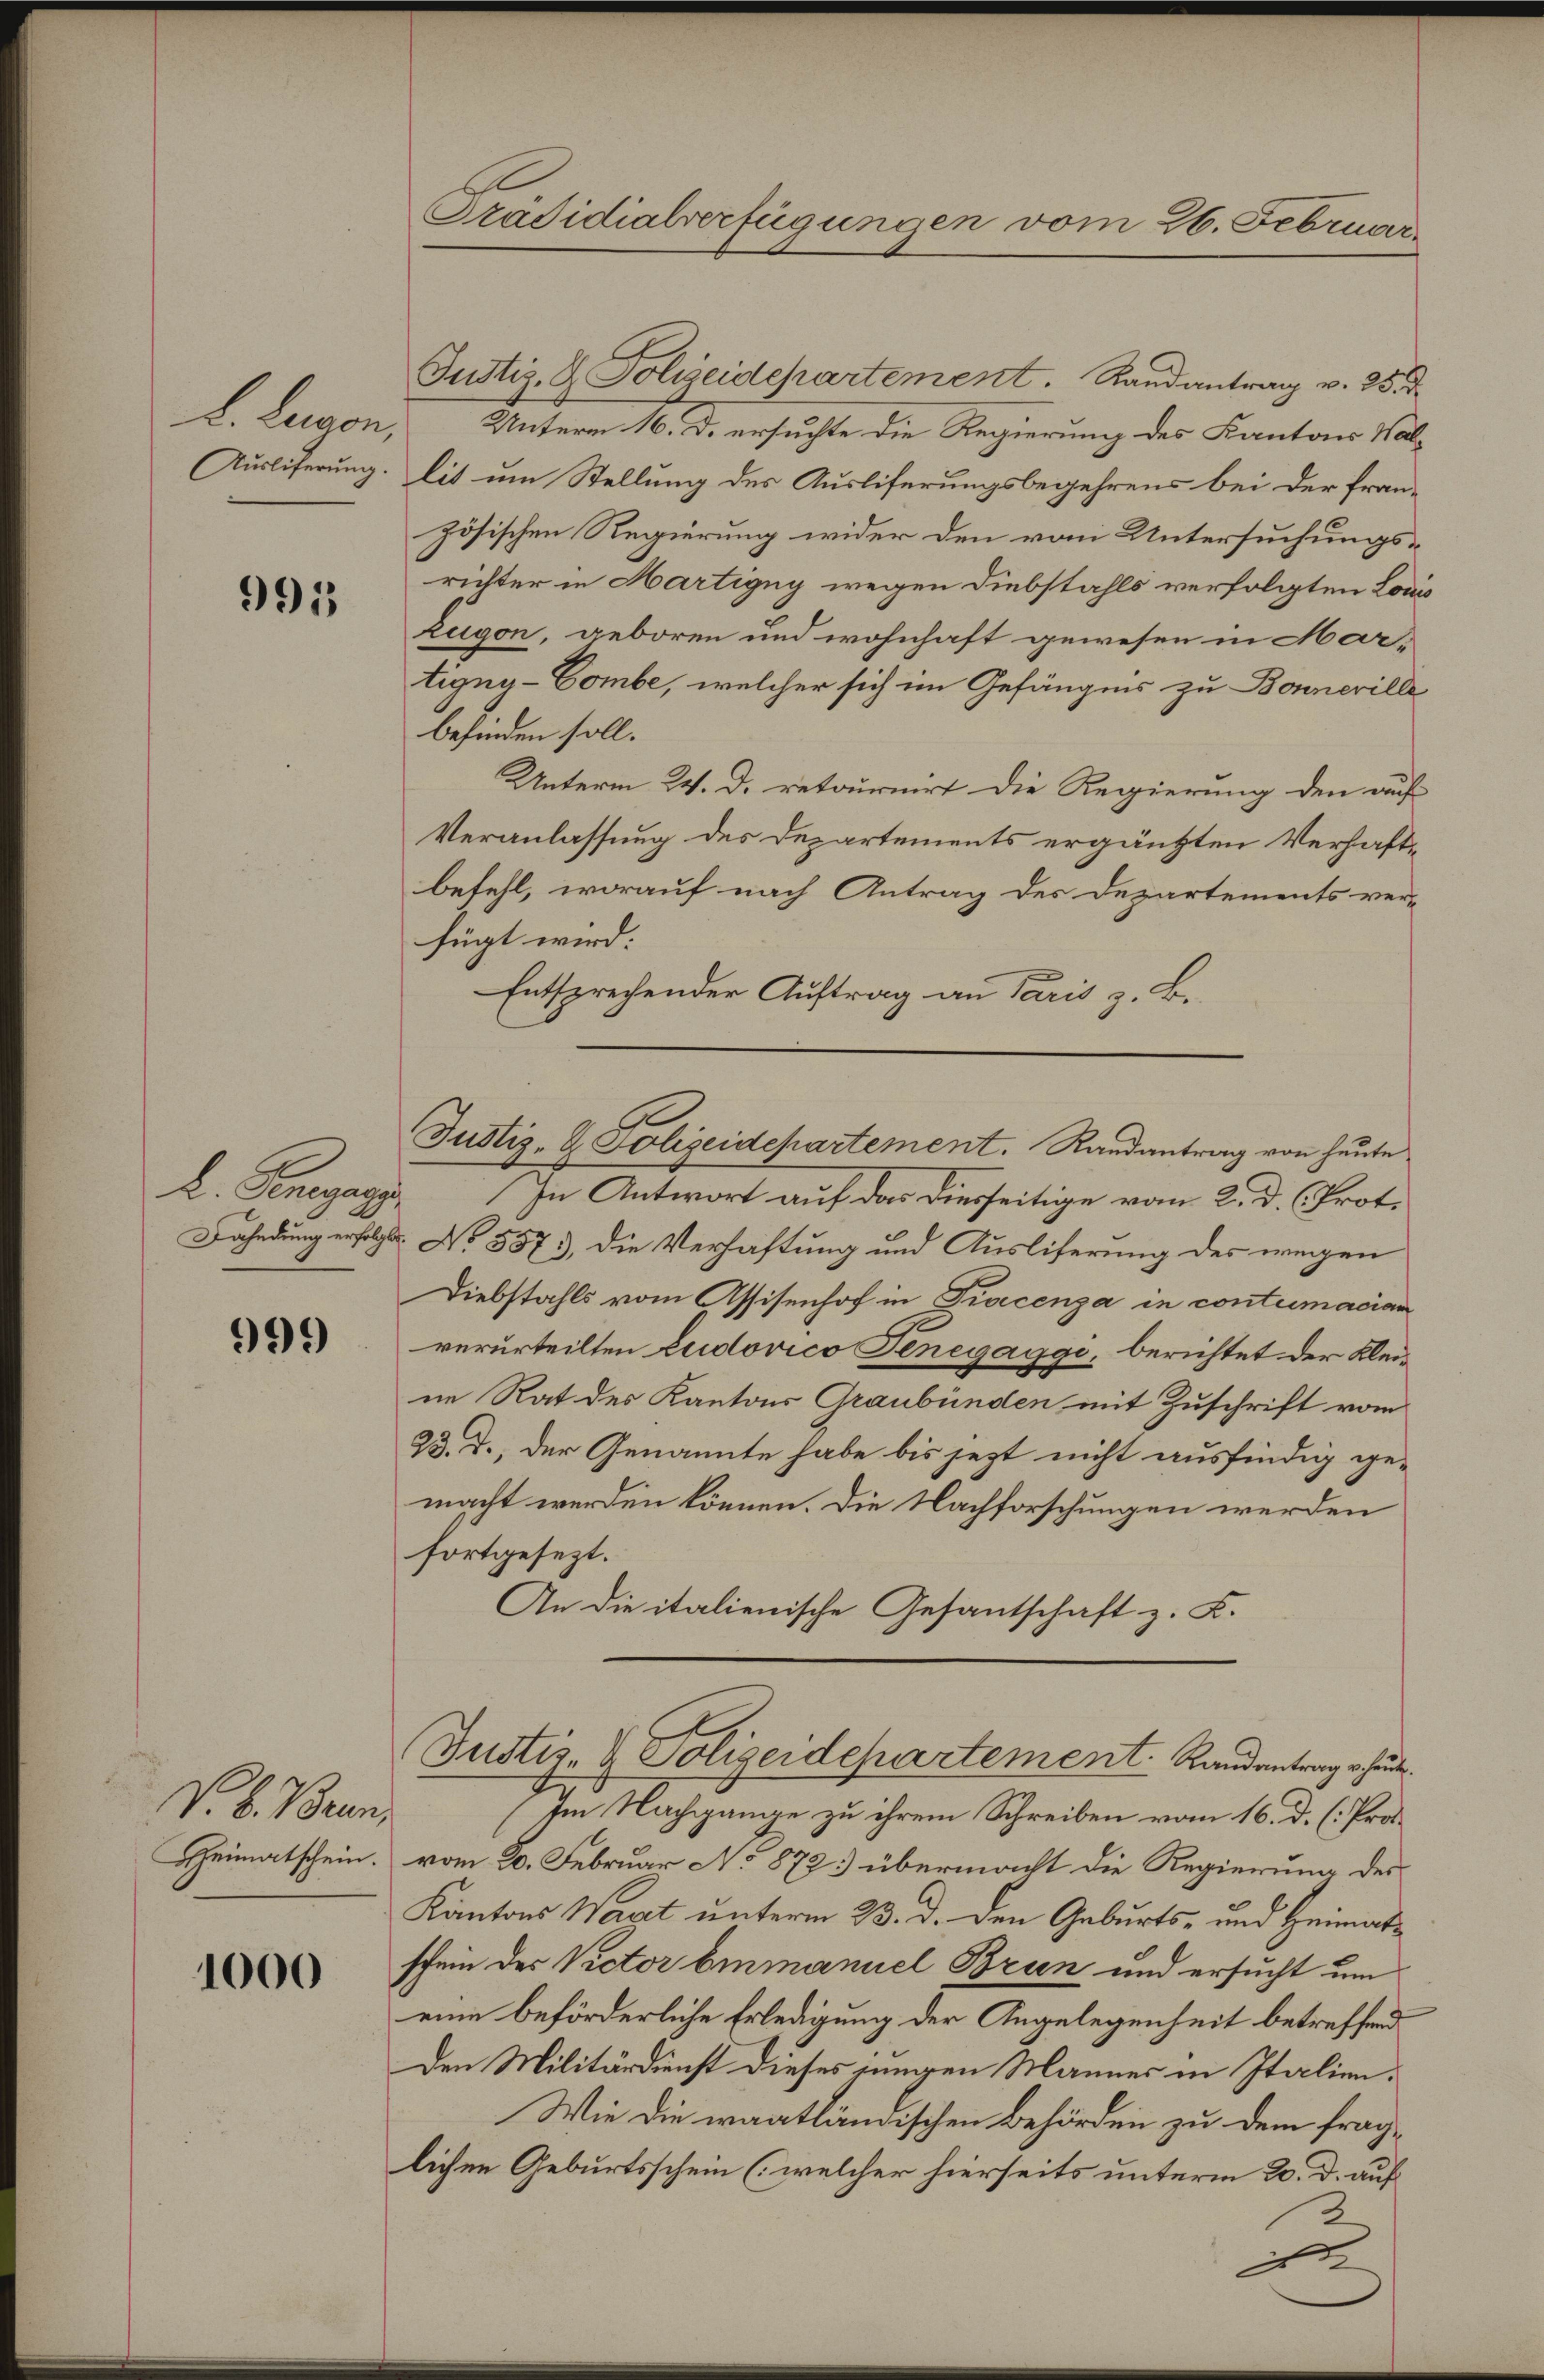
Ausliferung

995

l. Bergang

999

V. B. Brun¬
Heimatschein.

1000

Präsidialverfügungen vom 26. Februar.

Justiz- & Polizeidepartement. Randantrag v. 25. d.
L. Lugen, Unterm 16. d. ersuchte die Regierung des Kantons Wallit um Stellung des Ausliferungsbegehrens bei der französischen Regierung wider den vom Untersuchungsrichter in Martigny wegen Diebstahls verfolgten Louis
Zugon, geboren und wohnhaft gewesen in Mar-
tigny-Gombe, welcher sich im Gefängnis zu Bonnerille
befinden soll.
Unterm 24. d. retournirt die Regierung den auf
Veranlassung des Departements ergänzten Verhaftbefehl, worauf nach Antrag des Departements ver-
fügt wird:
Entsprechender Auftrag an Paris z. B.

Justiz- & Polizeidepartement. Randantrag von heute

In Antwort auf das diesseitige vom 2. d. Crot.
Fahndung erfolgt. No 557), die Verhaftung und Ausliferung des wegen
Diebstahls vom Assisenhof in Tracenza in contumacian
verurteilten Ludovico Senegaggi, berichtet der Kleine Rat des Kantons Graubünden mit Zuschrift vom
23. d., der Genannte habe bis jezt nicht ausfindig gemacht werden können. Die Nachforschungen werden
fortgesezt.
An die italienische Gesantschaft z. K.

Justiz- & Polizeidepartement. Randantrag heut

(Im Nachgange zu ihrem Schreiben vom 16. d. (Provom 20. Februar Ao 1872 übermacht die Regierung des
Kantons Wart unterm 23. d. den Geburts- und Heimatschein des Victor Einmanuel Brun und ersucht um
eine beförderliche Erledigung der Angelegenheit betreffend
Den Militärdienst dieses jungen Mannes in Italien¬
Wie die waatländischen Behörden zu dem fraglichen Geburtsschein (welcher hierseits unterm 20. d. auf
2
d